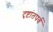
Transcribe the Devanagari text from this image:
दृष्टांतपर्व